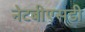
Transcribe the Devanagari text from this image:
नेटबीएसडी